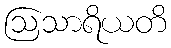
ဩသာရိယတိ